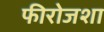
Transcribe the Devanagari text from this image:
फीरोजशा